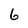
Character: 6